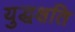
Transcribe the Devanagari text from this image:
युद्धक्षति